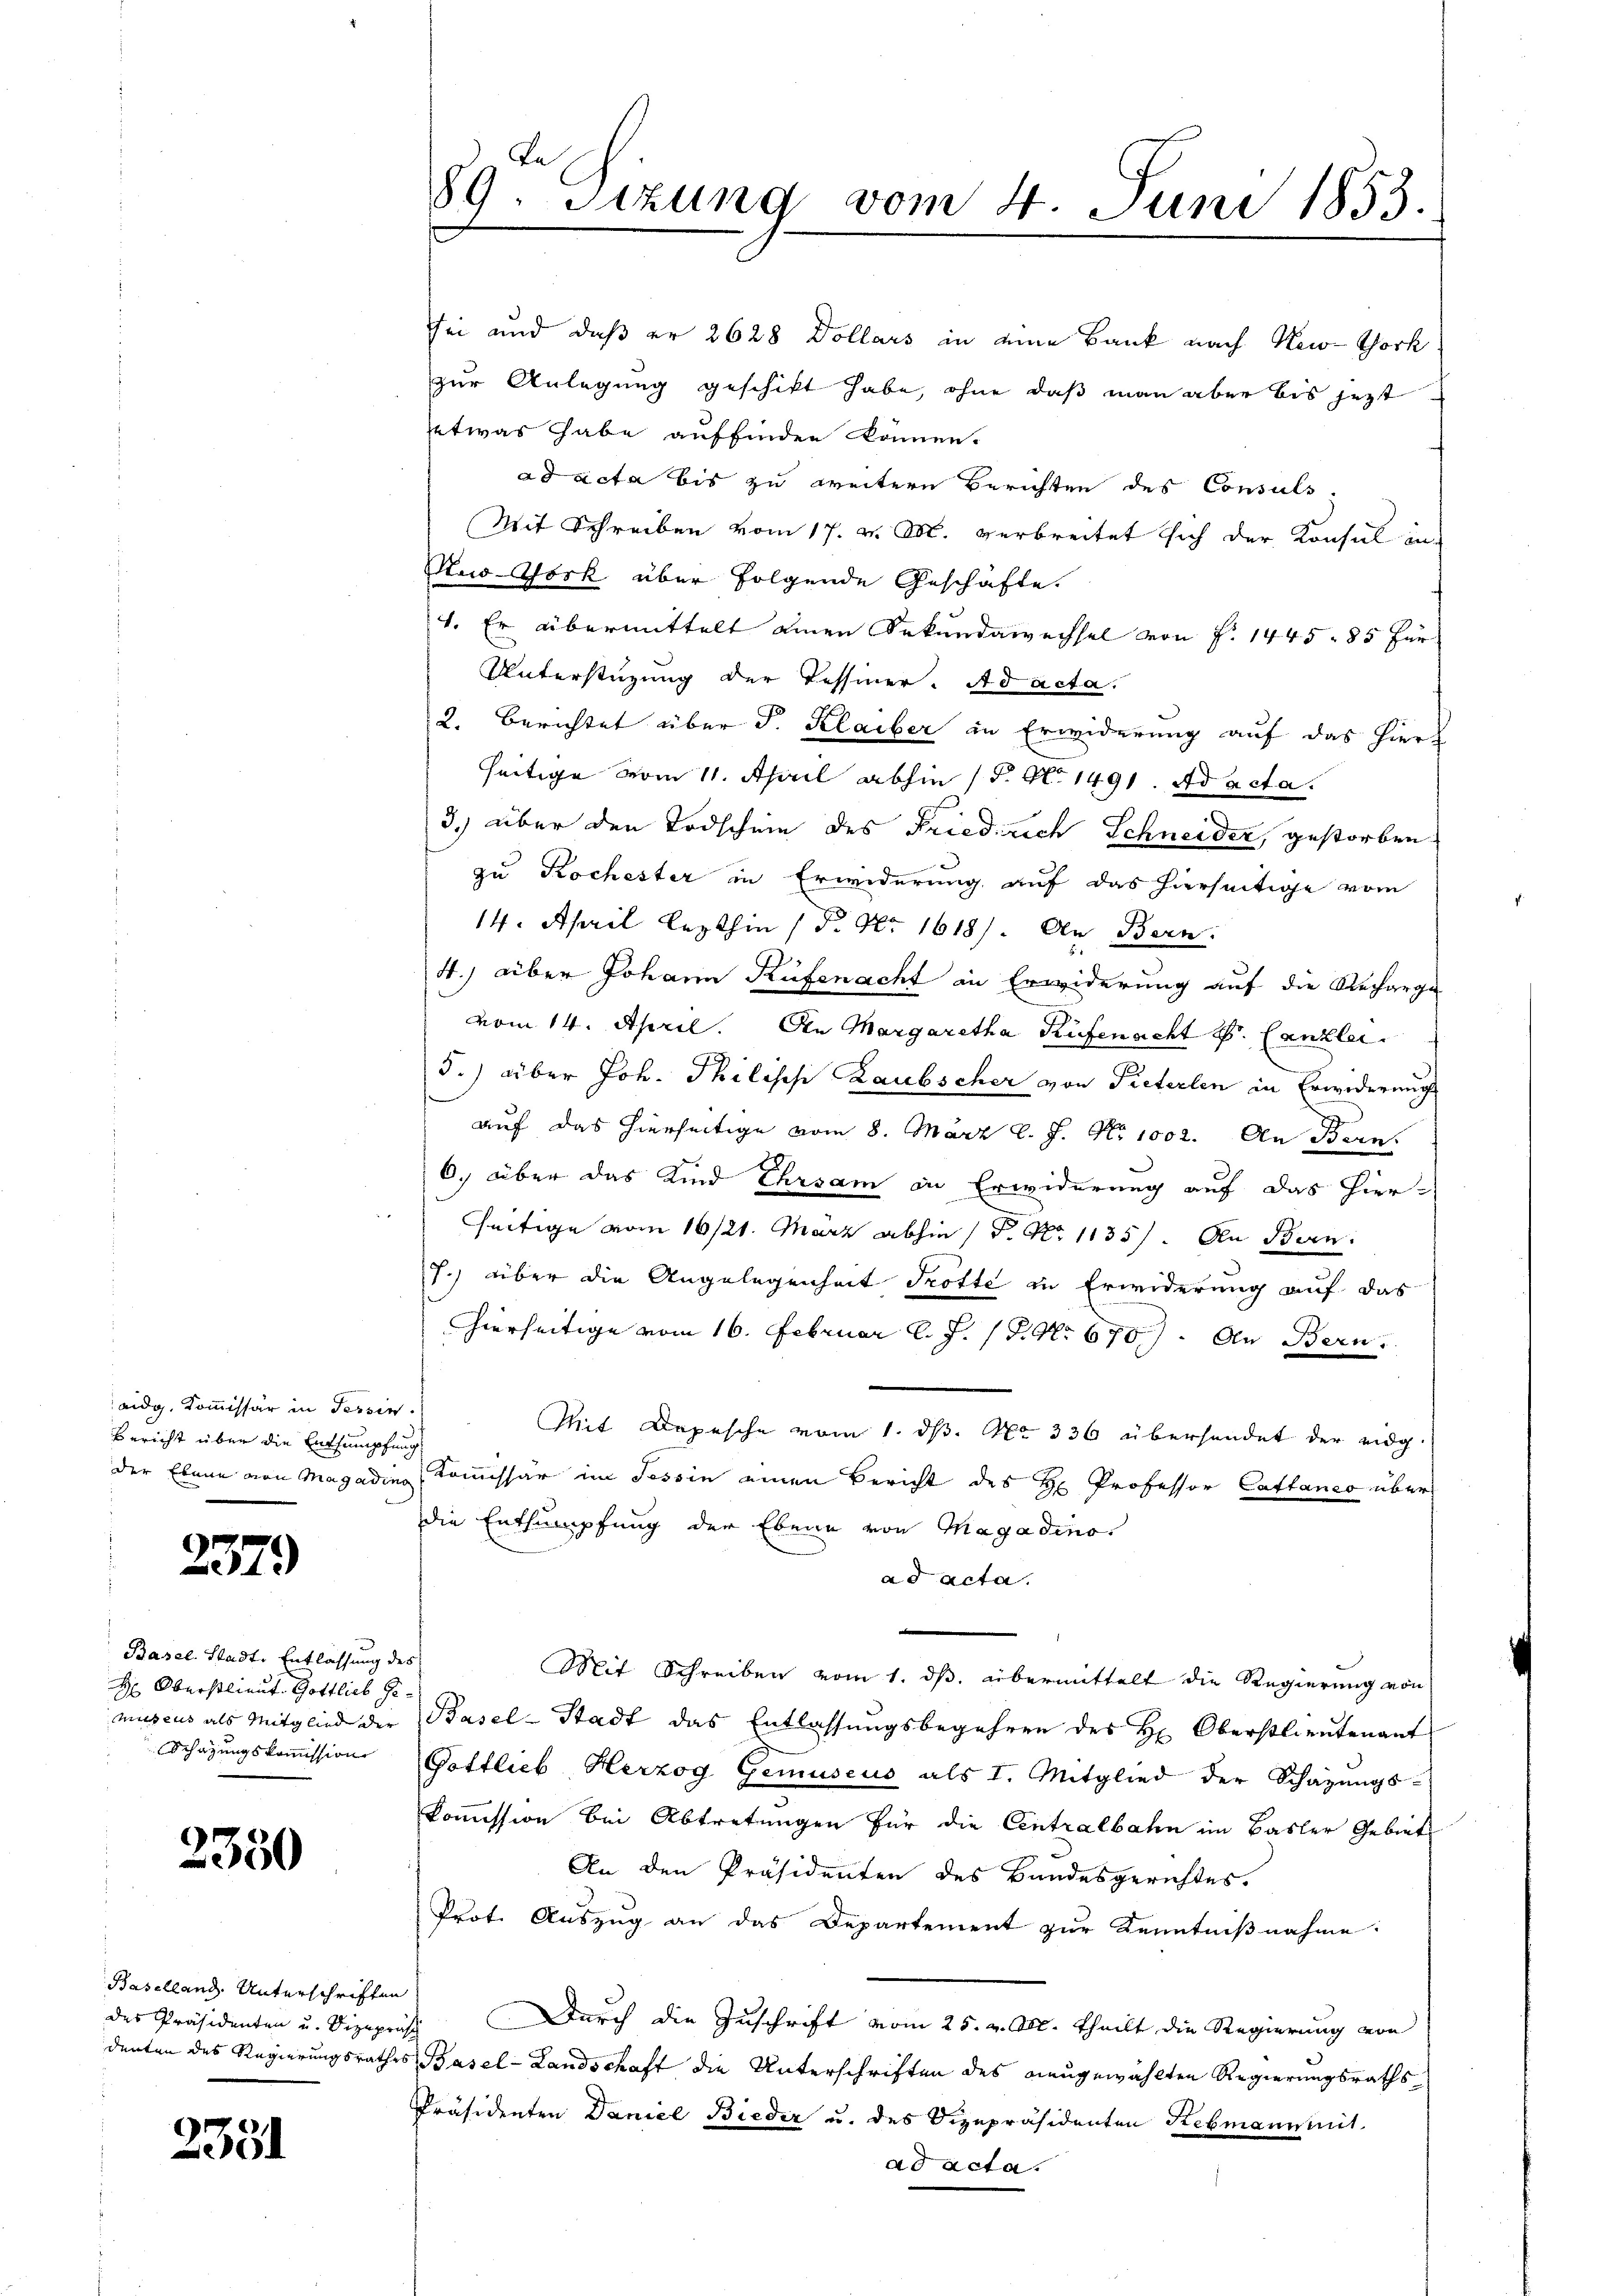
aidg, Kommissär in Tessin.
Bericht über die Entsumpfung

2379

Basel. Stadt, Entlassung des
H: Oberstlieut. Gottlich Ge¬

2350

Baselland. Unterschriften

2381

sei und daß er 2628 Dollars in eine Bank nach New-Thork
zur Anlegung geschickt habe, ohne daß man aber bis jetzt
etwas habe auffinden können.
ad acta bis zu weitern Berichten des Consuls.
Mit Schreiben vom 17. v. M. verbreitet sich der Konsul in
New York über folgende Geschäfte.
4. Er übermittelt einen Sekundawechsel von P. 1445. 85 für
Unterstüzung der Tessiner. Ad acta.
2. Berichtet über J. Klaiber in Erwiderung auf das hier
seitige vom 11. April abhin (S. S. 1491. ad acta.
3.) über den Todschein des Friedrich Schneider, gestorben
zu Kochester in Erwiderung auf das hierseitige vom
14. April lezthin (S. Nr. 1618). An Bern.
4.) über Johann Rüfenacht in Erwiderung auf die Recharge
vom 14. April. An Margaretha Rüfenacht Hr. Canzlei.
5.) über Joh. Philisch Laubscher von Pieterlen in Erwiderung
auf das hierseitige vom 8. März l. J. No. 1002. An Bern.
6. über das Kind Ehrsam in Erwiderung auf das hier-
seitige vom 16/21. März abhin P. Nr. 1135) An Bern.
7.) über die Angelegenheit Trotte in Erwiderung auf das
hierseitige vom 16. Februar l. J. 17. No 670). An Bern
Mit Depesche vom 1. ds. No 336 übersendet der eidg.
der Ebene von Magadin, Kommissär im Tessin einen Bericht des H Professor Cattanco über
die Entsumpfung der Ebene von Magadino.
ad acta.
Mit Schreiben vom 1. ds. übermittelt die Regierung von
muscus als Mitglied der Basel-Stadt das Entlassungsbegehren des H. Oberstlieutenant
Schazungskoṁission Gottlieb Herzog Gemuseus als I. Mitglied der Schazungs-
kommission bei Abtretungen für die Centralbahn im Basler Gebiete
An den Präsidenten des Bandesgerichtes.
Prot. Auszug an das Departement zur Kenntnißnahme:
des Präsidenten u. Vizepris Durch die Zuschrift vom 25. v. M. theilt die Regierung von
denten des Regierungsrathes Basel-Landschaft die Unterschriften des neugewählten Regierungsraths¬
Präsidenten Daniel Bieder u. des Vizepräsidenten Rebmann mit
ad acta.

89. Sitzung vom 4. Juni 1853.